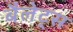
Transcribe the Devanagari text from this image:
बैलेट्स